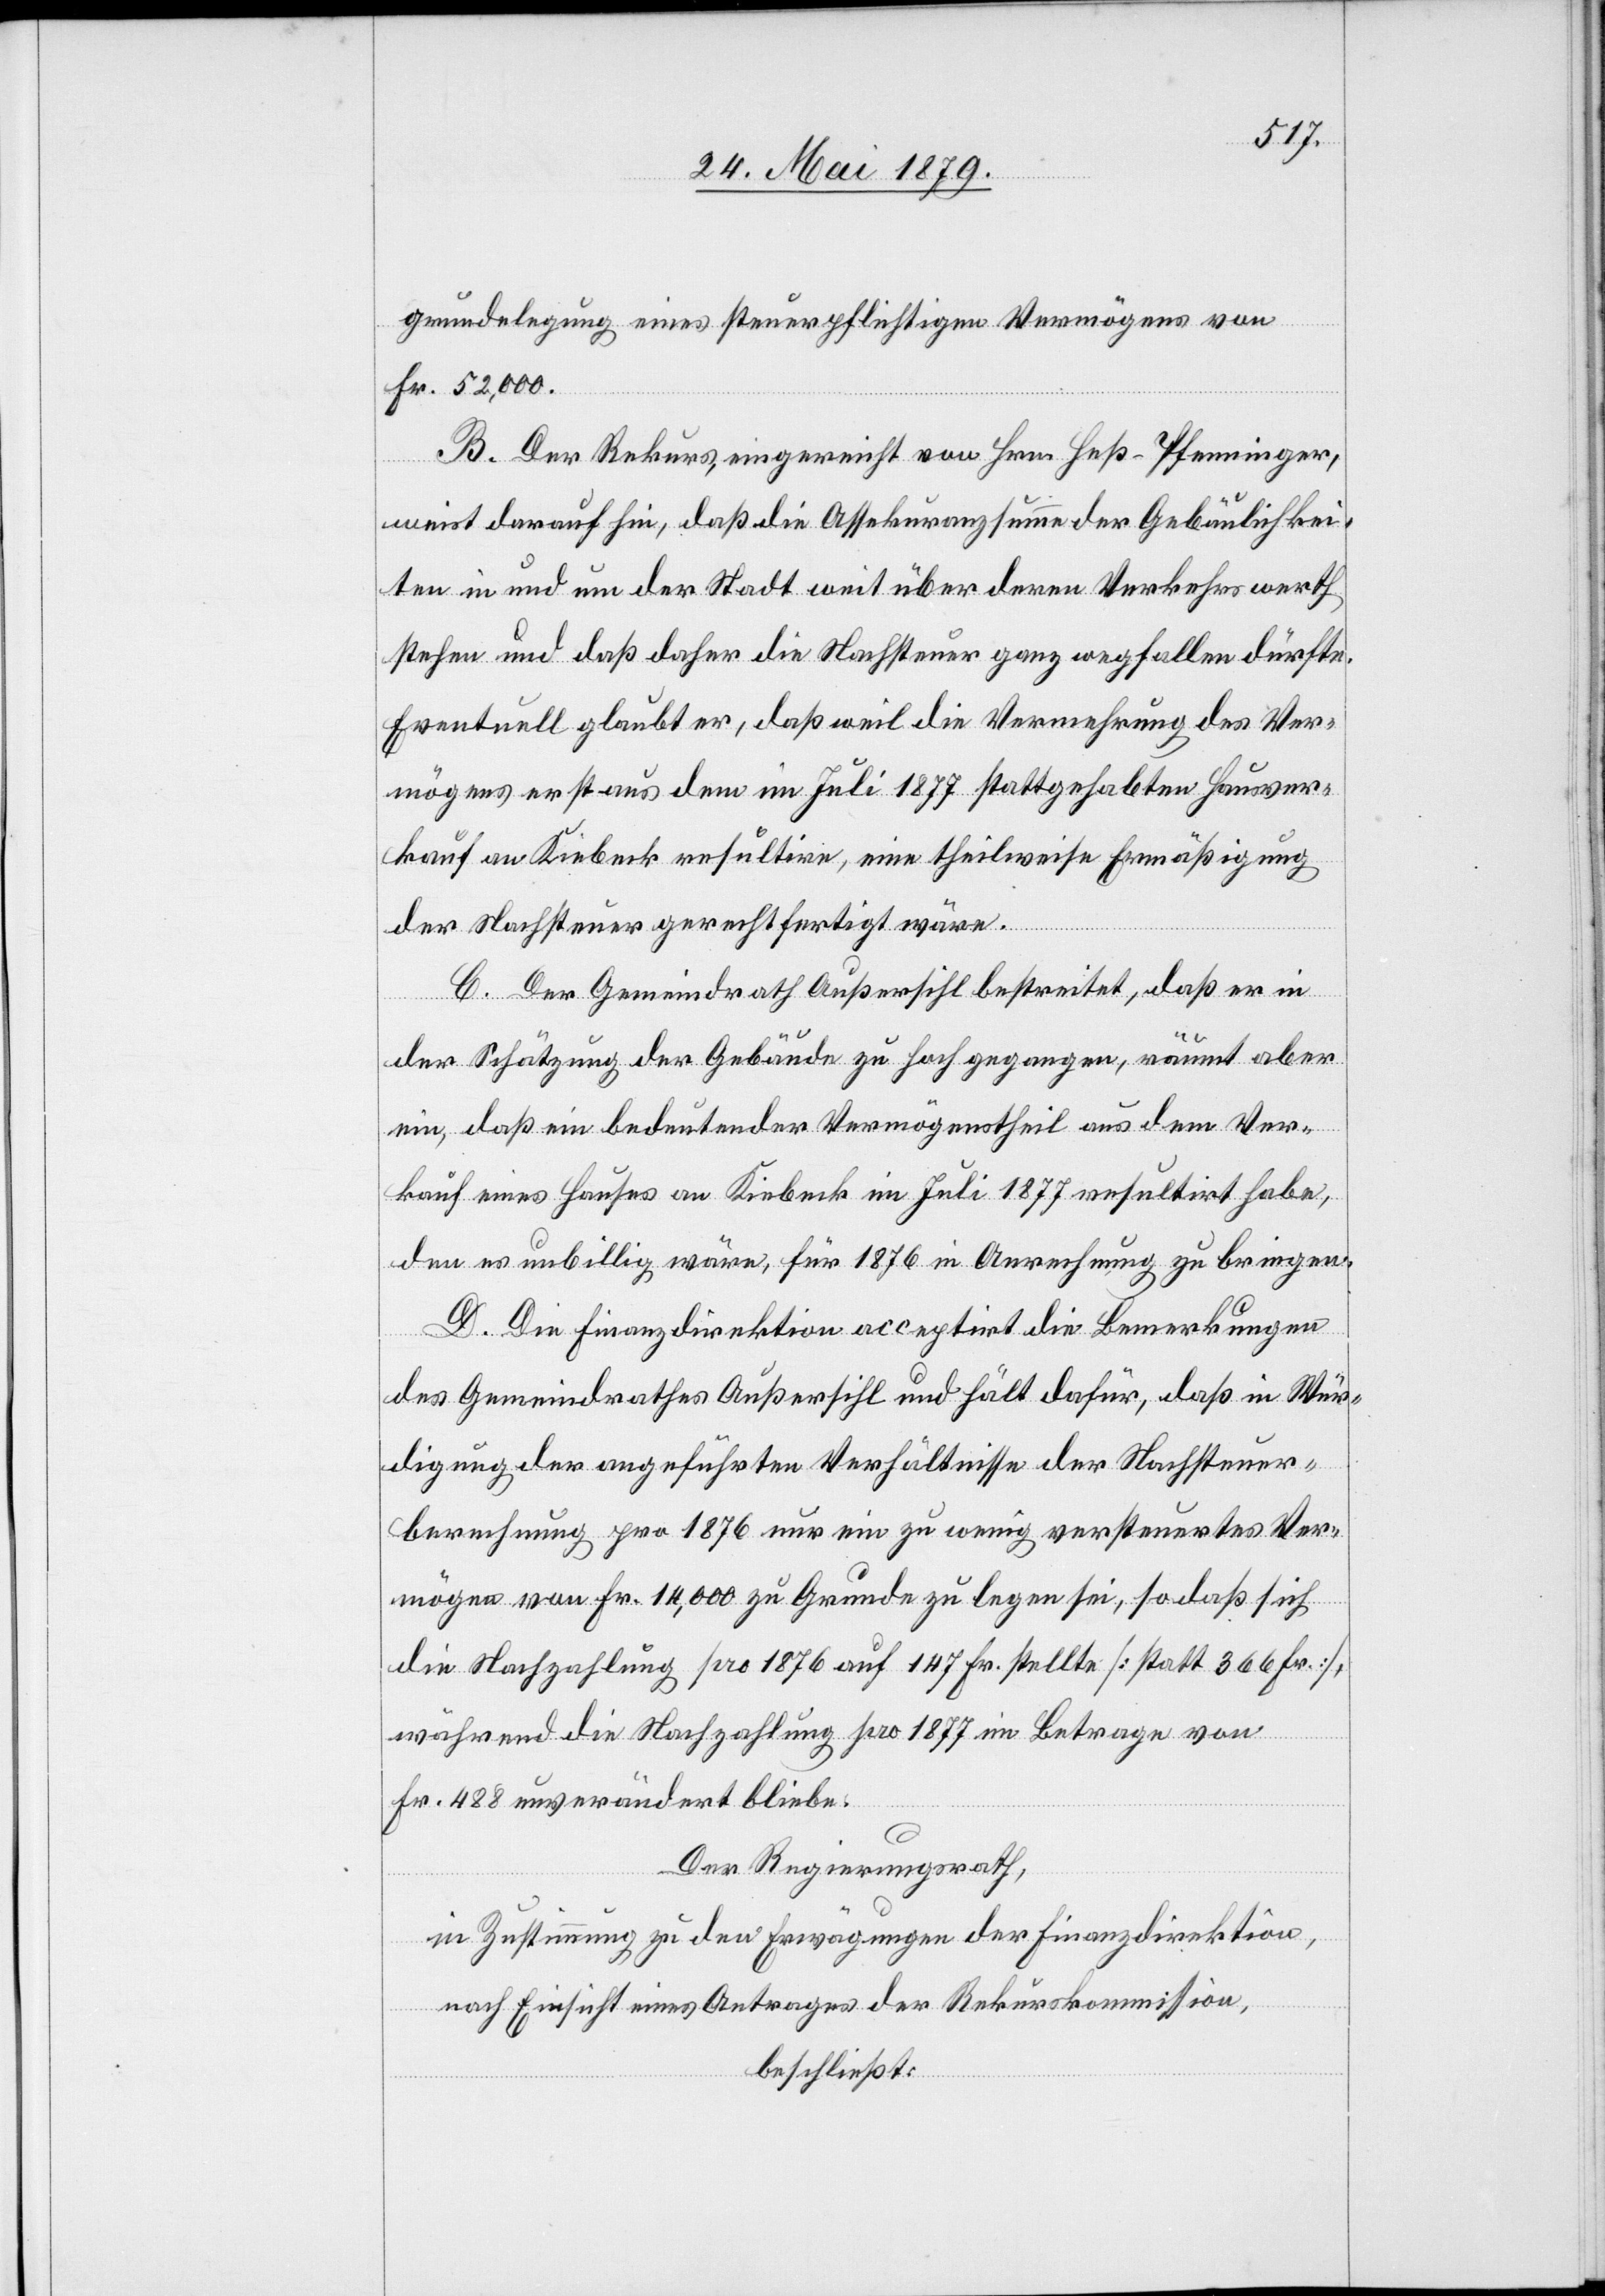
grundelegung eines steuerpflichtigen Vermögens von
Fr. 52,000.
B. Der Rekurs, eingereicht von Hrn. Heß-Pfenninger,
weist darauf hin, daß die Assekuranzsumme der Gebäulichkei¬
ten in und um der Stadt weit über deren Verkehrswerth
stehen und daß daher die Nachsteuer ganz wegfallen dürfte.
Eventuell glaubt er, daß weil die Vermehrung des Ver¬
mögens erst aus dem im Juli 1877 stattgehabten Hausver¬
kauf an Kiebeck resultire, eine theilweise Ermäßigung
der Nachsteuer gerechtfertigt wäre.
C. Der Gemeindrath Außersihl bestreitet, daß er in
der Schätzung der Gebäude zu hoch gegangen, räumt aber
ein, daß ein bedeutender Vermögenstheil aus dem Ver¬
kauf eines Hauses an Kiebeck im Juli 1877 resultirt habe,
den es unbillig wäre, für 1876 in Anrechnung zu bringen.
D. Die Finanzdirektion acceptirt die Bemerkungen
des Gemeindrathes Außersihl und hält dafür, daß in Wür¬
digung der angeführten Verhältnisse der Nachsteuer¬
berechnung pro 1876 nur ein zu wenig versteuertes Ver¬
mögen von Fr. 14,000 zu Grund zu legen sei, so daß sich
die Nachzahlung pro 1876 auf 147 Fr. stellte [statt 366 Fr.],
während die Nachzahlung pro 1877 im Betrage von
Fr. 488 unverändert bliebe.
Der Regierungsrath,
in Zustimmung zu den Erwägungen der Finanzdirektion,
nach Einsicht eines Antrages der Rekurskommission,
beschließt: